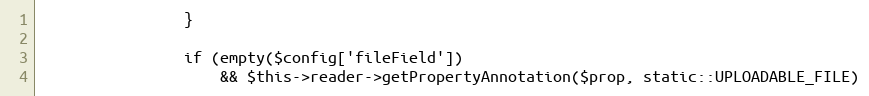
Language: PHP
                }

                if (empty($config['fileField'])
                    && $this->reader->getPropertyAnnotation($prop, static::UPLOADABLE_FILE)